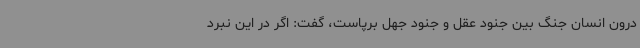
درون انسان جنگ بین جنود عقل و جنود جهل برپاست، گفت: اگر در این نبرد